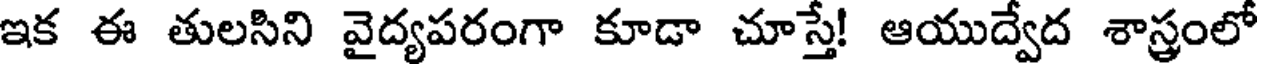
ఇక ఈ తులసిని వైద్యపరంగా కూడా చూస్తే! ఆయుద్వేద శాస్త్రంలో